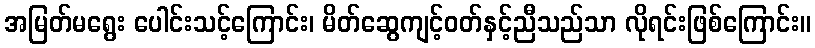
အမြတ်မရွေး ပေါင်းသင့်ကြောင်း၊ မိတ်ဆွေကျင့်ဝတ်နှင့်ညီသည်သာ လိုရင်းဖြစ်ကြောင်း။